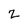
Character: z